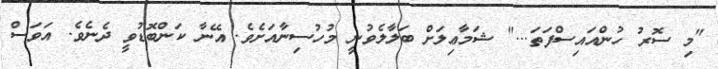
"މި ސޮރު ހުންއައިސްފަތަ..." ޝަމާޢިލަށް ބަލާލެވުނީ މުހުސިނާއަށެވެ. އޭނާ ކަންބޮޑުވީ ދެނެވެ. އަވަސް